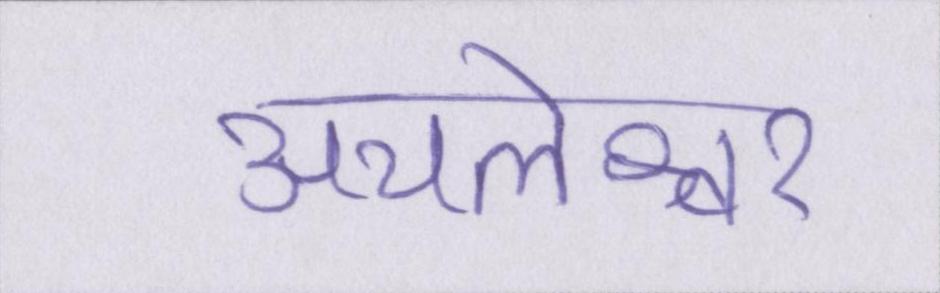
अचलेश्वर